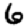
Digit: 6